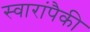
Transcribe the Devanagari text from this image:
स्वारांपैकी